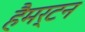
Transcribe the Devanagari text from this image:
हैमर्टन